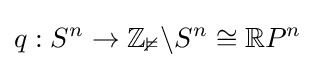
q:S^{n}\rightarrow \mathbb {Z_{2}} \backslash S^{n}\cong \mathbb {R} P^{n}